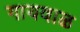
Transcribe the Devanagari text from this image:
गायवाळ